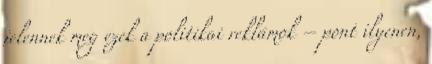
jelennek meg ezek a politikai reklámok – pont ilyenen,